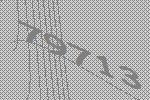
79713